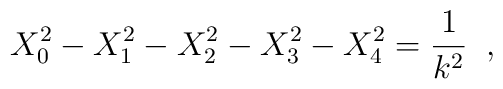
X_0^2-X_1^2-X_2^2-X_3^2-X_4^2=\frac{1}{k^2}\;\;,